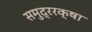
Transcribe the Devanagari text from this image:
समुद्ररक्षा